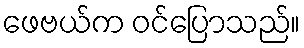
ဖေဗယ်က ဝင်ပြောသည်။